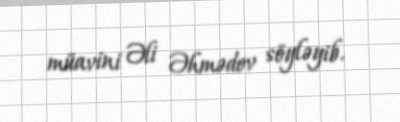
müavini Əli Əhmədov söyləyib.